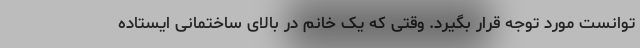
توانست مورد توجه قرار بگیرد. وقتی که یک خانم در بالای ساختمانی ایستاده